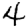
Digit: 4